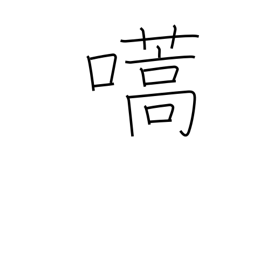
Meaning: call